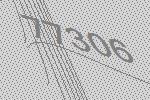
77306